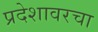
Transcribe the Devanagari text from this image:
प्रदेशावरचा